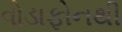
વોડાફોનથી